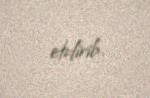
etdirib.